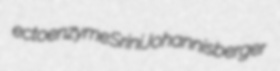
ectoenzyme Srini Johannisberger